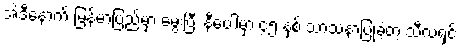
အဲဒီနောက် မြန်မာပြည်မှာ မွေးပြီး နီပေါမှာ ၄၅ နှစ် သာသနာပြုခဲ့တဲ့ သီလရှင်